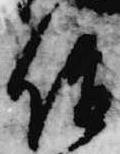
僧